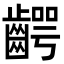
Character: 齶